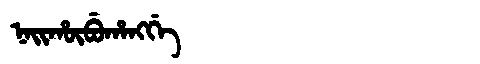
Manchu: ᠨᠠᡳᡥᡡᠪᡠᡥᠠᠩᡤᡝ
Romanization: NAIHŪBUHANGGE